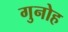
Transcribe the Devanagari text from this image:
गुनोह